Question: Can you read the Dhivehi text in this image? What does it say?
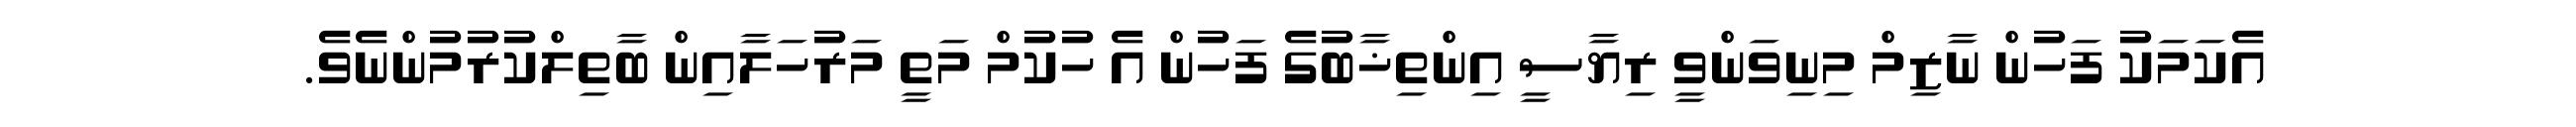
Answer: އެކަމަކު ފަހުން ނާޒިމް މިނިވަންވީ ރިޔާސީ އިންތިޚާބުގެ ފަހުން އެ ހުކުމް މަތީ މަރުހަލާއިން ބާތިލްކުރުމުންނެވެ.